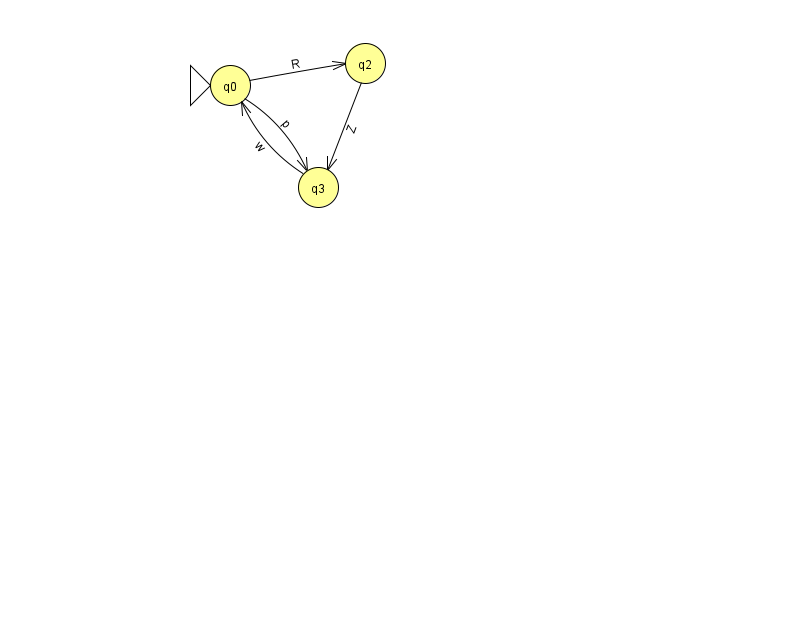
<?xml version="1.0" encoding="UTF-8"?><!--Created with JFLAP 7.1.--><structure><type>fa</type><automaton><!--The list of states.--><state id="0" name="q0"><x>230.0</x><y>72.0</y><initial/></state><state id="2" name="q2"><x>365.0</x><y>50.0</y></state><state id="3" name="q3"><x>318.0</x><y>174.0</y></state><!--The list of transitions.--><transition><from>3</from><to>0</to><read>w</read></transition><transition><from>2</from><to>3</to><read>Z</read></transition><transition><from>0</from><to>2</to><read>R</read></transition><transition><from>0</from><to>3</to><read>p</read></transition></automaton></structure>